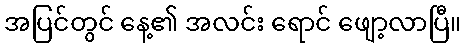
အပြင်တွင် နေ့၏ အလင်း ရောင် ဖျော့လာပြီ။